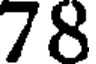
78